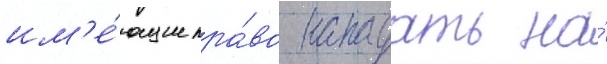
им'е́ющие пра́во нападать на́